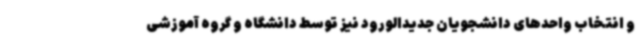
و انتخاب واحدهای دانشجویان جدیدالورود نیز توسط دانشگاه و گروه آموزشی